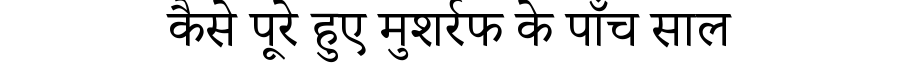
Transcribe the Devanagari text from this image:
कैसे पूरे हुए मुशर्रफ के पाँच साल